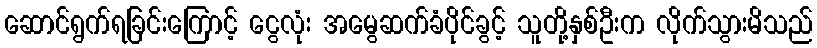
ဆောင်ရွက်ရခြင်းကြောင့် ငွေလုံး အမွေဆက်ခံပိုင်ခွင့် သူတို့နှစ်ဦးက လိုက်သွားမိသည်